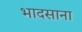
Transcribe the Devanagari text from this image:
भादसाना